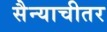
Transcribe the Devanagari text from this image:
सैन्याचीतर